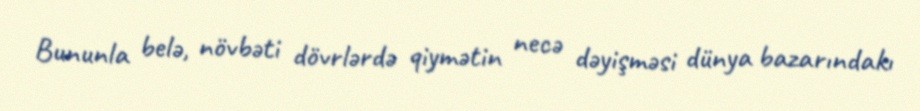
Bununla belə, növbəti dövrlərdə qiymətin necə dəyişməsi dünya bazarındakı